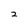
Character: 2